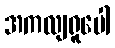
အကလျရူပေါ